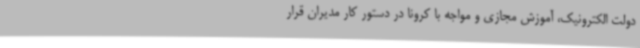
دولت الکترونیک، آموزش مجازی و مواجه با کرونا در دستور کار مدیران قرار